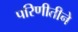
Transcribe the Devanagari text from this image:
परिणीतीने